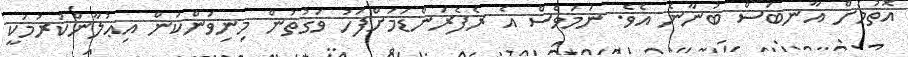
އޮތުމަށް އާނބަސް ބުނާނެ އެވެ. ނަމަވެސް އެ ރެފެރަންޑަމަށްފަހު ވަގުތުން މިނިވަންކަން އިޢުލާންކުރުމަކީ